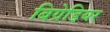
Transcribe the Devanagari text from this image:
बिग्रेडियर